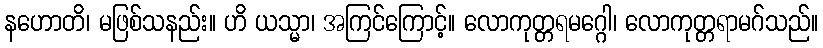
နဟောတိ၊ မဖြစ်သနည်း။ ဟိ ယသ္မာ၊ အကြင်ကြောင့်။ လောကုတ္တရမဂ္ဂေါ၊ လောကုတ္တရာမဂ်သည်။